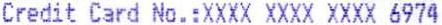
CREDIT CARD NO.:XXXX XXXX XXXX 6974